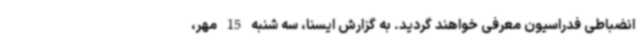
انضباطی فدراسیون معرفی خواهند گردید. به گزارش ایسنا، سه شنبه 15 مهر،